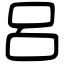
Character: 呂